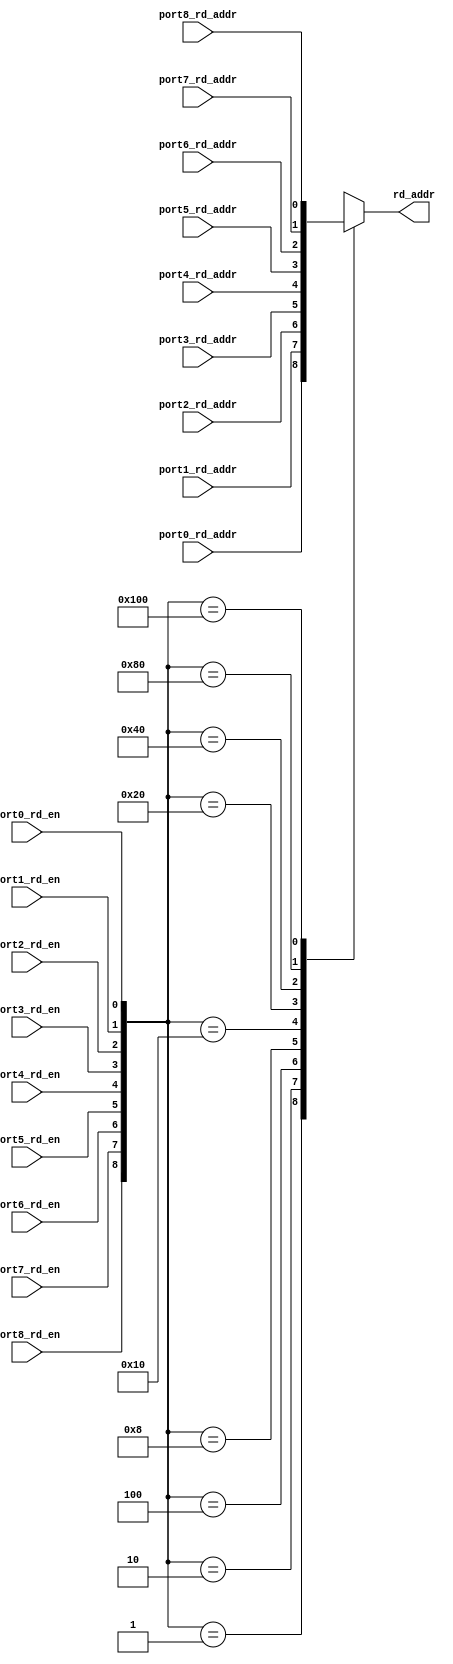
module rd_port_9_to_1 (
  port0_rd_en,
  port0_rd_addr,

  port1_rd_en,
  port1_rd_addr,

  port2_rd_en,
  port2_rd_addr,

  port3_rd_en,
  port3_rd_addr,

  port4_rd_en,
  port4_rd_addr,

  port5_rd_en,
  port5_rd_addr,

  port6_rd_en,
  port6_rd_addr,

  port7_rd_en,
  port7_rd_addr,

  port8_rd_en,
  port8_rd_addr,

  rd_addr
);

  parameter WIDTH = 1;

  input               port0_rd_en;
  input [WIDTH - 1:0] port0_rd_addr;
  input               port1_rd_en;
  input [WIDTH - 1:0] port1_rd_addr;
  input               port2_rd_en;
  input [WIDTH - 1:0] port2_rd_addr;
  input               port3_rd_en;
  input [WIDTH - 1:0] port3_rd_addr;
  input               port4_rd_en;
  input [WIDTH - 1:0] port4_rd_addr;
  input               port5_rd_en;
  input [WIDTH - 1:0] port5_rd_addr;
  input               port6_rd_en;
  input [WIDTH - 1:0] port6_rd_addr;
  input               port7_rd_en;
  input [WIDTH - 1:0] port7_rd_addr;
  input               port8_rd_en;
  input [WIDTH - 1:0] port8_rd_addr;

  output [WIDTH - 1:0]  rd_addr;

  reg [WIDTH - 1:0]     rd_addr;

   always @ (
      port0_rd_en or port1_rd_en or port2_rd_en or port3_rd_en or port4_rd_en or
      port5_rd_en or port6_rd_en or port7_rd_en or port8_rd_en or
      port0_rd_addr or port1_rd_addr or port2_rd_addr or port3_rd_addr or
      port4_rd_addr or port5_rd_addr or port6_rd_addr or port7_rd_addr or port8_rd_addr)
   begin
      casex({port8_rd_en, port7_rd_en, port6_rd_en, port5_rd_en, port4_rd_en,
            port3_rd_en, port2_rd_en, port1_rd_en, port0_rd_en})
         9'b000000001: rd_addr <= port0_rd_addr;
         9'b000000010: rd_addr <= port1_rd_addr;
         9'b000000100: rd_addr <= port2_rd_addr;
         9'b000001000: rd_addr <= port3_rd_addr;
         9'b000010000: rd_addr <= port4_rd_addr;
         9'b000100000: rd_addr <= port5_rd_addr;
         9'b001000000: rd_addr <= port6_rd_addr;
         9'b010000000: rd_addr <= port7_rd_addr;
         9'b100000000: rd_addr <= port8_rd_addr;
         default: rd_addr <= 6'bxxxxxx;
      endcase
   end

endmodule